Report on the Civil Veterinary Department, Eastern Bengal and Assam - 1907-1911
Year: 1907
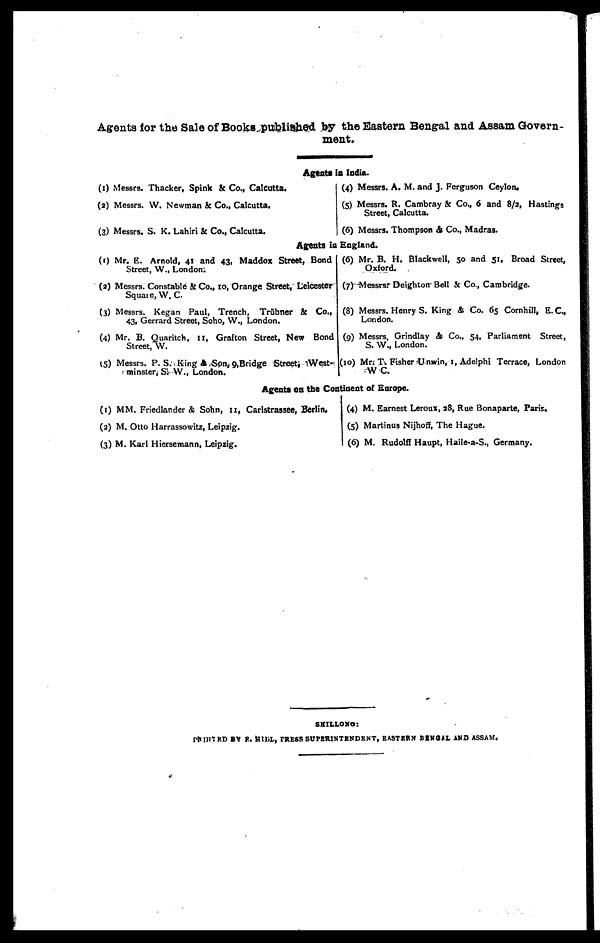
Agents for the Sale of Books published by the Eastern Bengal and Assam Govern-
ment*
Agents in India.
(1) Messrs. Thacker, Spink & Co., Calcutta.
(2) Messrs. W. Newman & Co., Calcutta.
(3) Messrs. S. K. Lahiri & Co., Calcutta.
(4) Messrs. A. M. and J. Ferguson Ceylon.
(5) Messrs. R. Cambray & Co., 6 and 8/2, Hastings
Street, Calcutta.
(6) Messrs. Thompson & Co., Madras.
Agents in England.
(1) Mr. E. Arnold, 41 and 43, Maddox Street, Bond
Street, W., London.
(2) Messrs. Constable & Co., 10, Orange Street, Leicester
Squat , W. C
(3) Messrs. Kegan Paul, Trench, Trūbner & Co.,
43, Gerrard Street, Soho, W., London.
(4) Mr. B. Quaritch, II, Grafton Street, New Bond
Street, W.
(5) Messrs. P. S. King & Son, 9,Bridge Street, West-
minster, S. W., London.
(6) Mr. B. H. Blackwell, 50 and 51, Broad Street,
Oxford.
(7) Messrs. Deighton Bell & Co., Cambridge.
(8) Messrs. Henry S. King & Co. 65 Cornhill, E. C.,
London.
(9) Messrs. Grindlay & Co., 54, Parliament Street,
S. W., London.
(10) Mr. T. Fisher Unwin, 1, Adelphi Terrace, London
WC.
Agents on the Continent of Europe.
(1) MM. Friedlander & Sohn, 11, Carlstrassee, Berlin.
(2) M. Otto Harrassowitz, Leipzig.
(3) M. Karl Hiersemann, Leipzig.
(4) M. Earnest Leroux, 28, Rue Bonaparte, Paris.
(5) Martinus Nijhoff, The Hague.
(6) M. Rudolff Haupt, Haile-a-S., Germany.
SHILLONG:
PRINTED BY E. HILL,RESS SUPERINTENDENT, EASTERN BENGAL AND ASSAM.